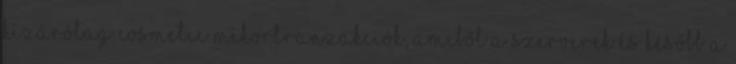
kizárólag cosmetic mikortranzakciók, amiből a szerverek és később a